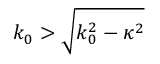
k _ { 0 } > \sqrt { k _ { 0 } ^ { 2 } - \kappa ^ { 2 } }